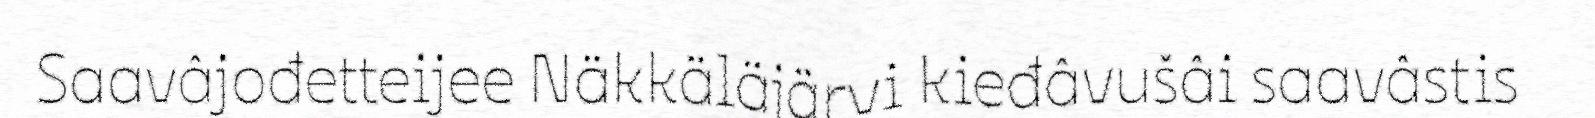
Saavâjođetteijee Näkkäläjärvi kieđâvušâi saavâstis